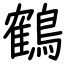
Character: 鶴